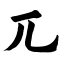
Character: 兀